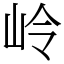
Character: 岭